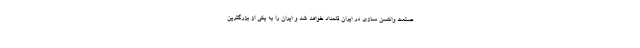
صنعت واکسن سازی در ایران قلمداد خواهد شد و ایران را به یکی از بزرگترین